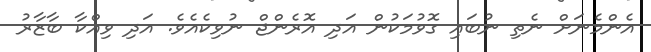
އެންމެނަށް ނެތި ނުބައި ގޮވުމަކުން އަދި އޮރެންޖް ނުވިކެއެވެ. އަދި ވިއްކާ ބާޒާރު